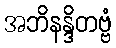
အဘိနန္ဒိတဗ္ဗံ